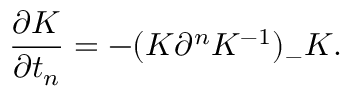
\frac { \partial K } { \partial t _ { n } } = - ( K \partial ^ { n } K ^ { - 1 } ) _ { - } K .